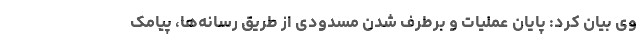
وی بیان کرد: پایان عملیات و برطرف شدن مسدودی از طریق رسانه‌ها، پیامک